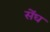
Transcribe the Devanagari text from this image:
सेंघ